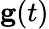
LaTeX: {\mathbf g}(t)